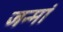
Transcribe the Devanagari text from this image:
जन्मां